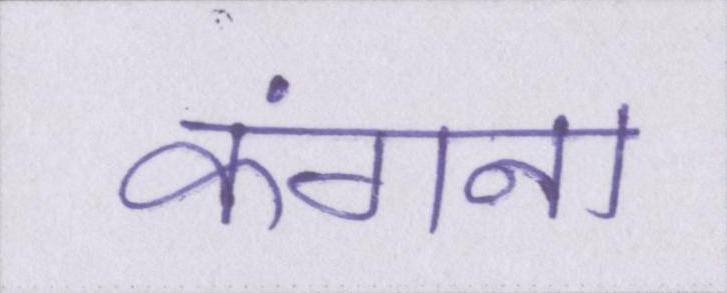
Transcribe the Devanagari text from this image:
कंगना